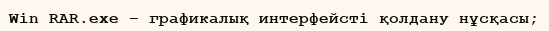
Win RAR.exe – графикалық интерфейсті қолдану нұсқасы;